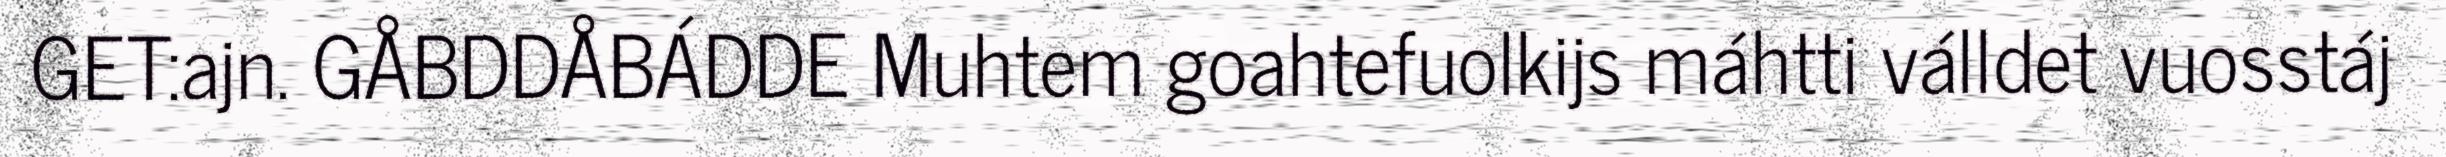
GET:ajn. GÅBDDÅBÁDDE Muhtem goahtefuolkijs máhtti válldet vuosstáj